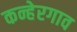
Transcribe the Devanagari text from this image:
कन्हेरगाव